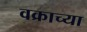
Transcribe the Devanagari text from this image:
वक्राच्या